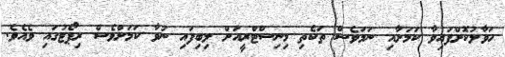
ހަވާލުކޮށްފައިވާ ކަމަށާއި ނަމަވެސް ތަކެތި މިނިސްޓްރީއަށް ލިބިފައި ނުވާ ކަމަށްވެސް ރިޕޯޓުގައި ވެއެވެ.